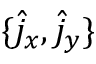
\{ \hat { j } _ { x } , \hat { j } _ { y } \}